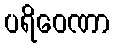
ပရိဝေဏာ